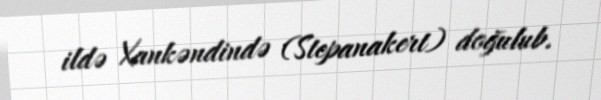
ildə Xankəndində (Stepanakert) doğulub.